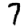
Digit: 7